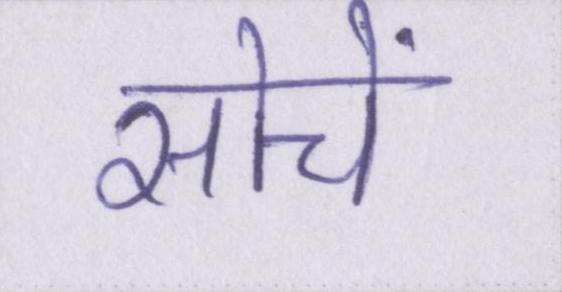
सोचें